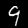
Digit: 9